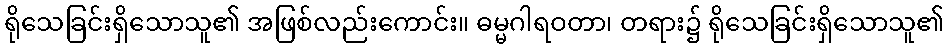
ရိုသေခြင်းရှိသောသူ၏ အဖြစ်လည်းကောင်း။ ဓမ္မဂါရဝတာ၊ တရား၌ ရိုသေခြင်းရှိသောသူ၏